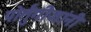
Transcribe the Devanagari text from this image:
पोर्तुंगीजांनी